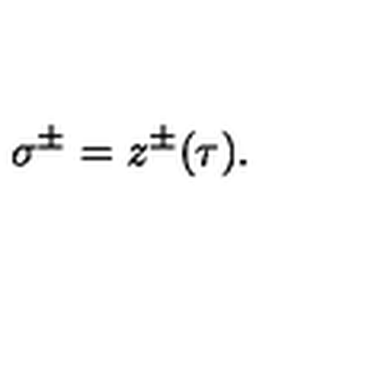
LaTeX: \: \sigma ^ { \pm } = z ^ { \pm } ( \tau ) . \: